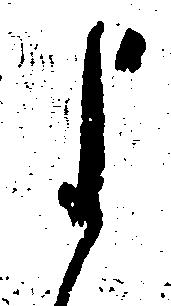
よ